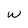
Character: w